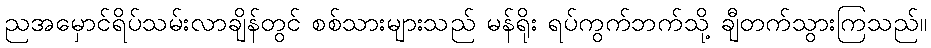
ညအမှောင်ရိပ်သမ်းလာချိန်တွင် စစ်သားများသည် မန်ရိုး ရပ်ကွက်ဘက်သို့ ချီတက်သွားကြသည်။